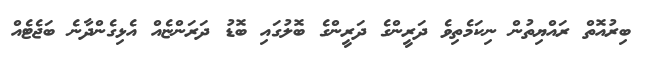
ބިރުއޮތް ރައްޔިތުން ނިކަމެތިވެ ދަރީންގެ ދަރީންގެ ބޮލުގައި ބޮޑު ދަރަންޏެއް އެޅިގެންދާނެ ބަޖެޓެއް